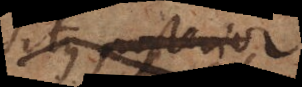
situs posterior